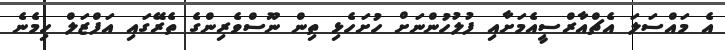
އެ މައްސަލަ އެޗްއާރްސީއެމަށާއި ފުލުހުންނަށް ހުށަހެޅި ތިން ނޫސްވެރިންގެ ތެރޭގައި އަފްޒަލް ހިމެނެ